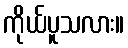
ကိုယ်ပူသလား။